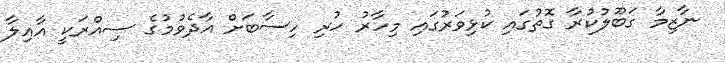
ނާޒިމާ ގަބޫލުކުރާ ގޮތުގައި ކުޅިވަރުގައި މިހާރު ހުރި ހިސާބަށް އާދެވުމުގެ ސިއްރަކީ އާއިލާ